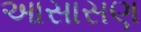
આસાસણ